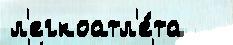
л'егкоатл'е́та